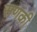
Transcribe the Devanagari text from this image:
सणकी